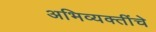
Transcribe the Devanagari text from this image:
अभिव्यक्तींचे